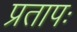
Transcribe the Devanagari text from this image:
प्रतापः